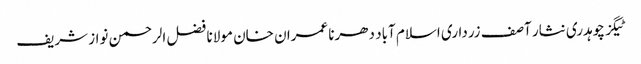
ٹیگز چوہدری نثار آصف زرداری اسلام آباد دھرنا عمران خان مولانا فضل الرحمن نواز شریف